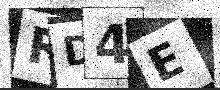
Text: RD4E